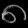
Digit: ၈